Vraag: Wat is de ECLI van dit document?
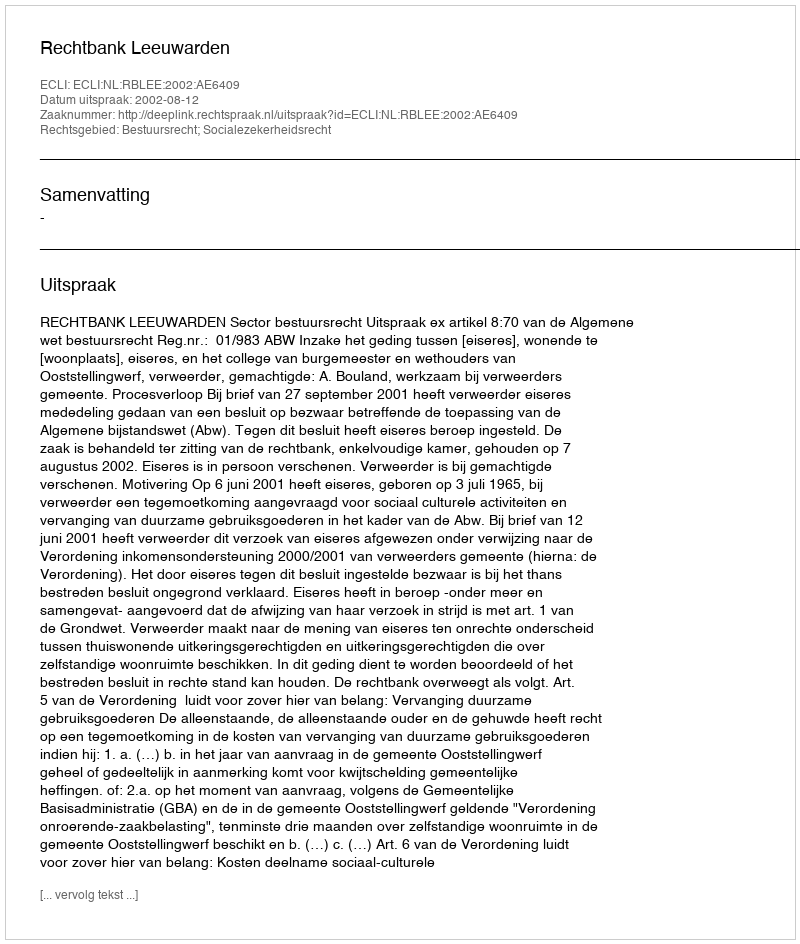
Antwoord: ECLI:NL:RBLEE:2002:AE6409